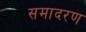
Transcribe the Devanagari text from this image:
समादरण